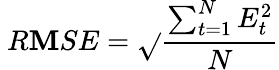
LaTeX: \ R\mathbf{M}SE={\sqrt{}{{\frac{{\sum_{t=1}^{N}{E_{t}^{2}}}}{{N}}}}}